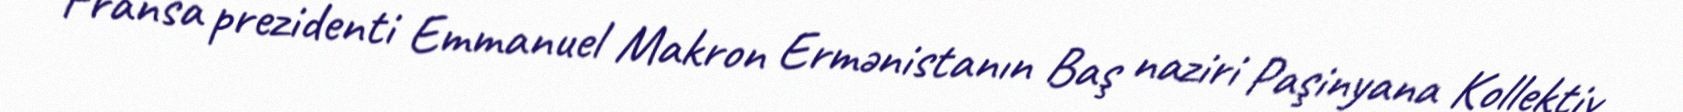
Fransa prezidenti Emmanuel Makron Ermənistanın Baş naziri Paşinyana Kollektiv